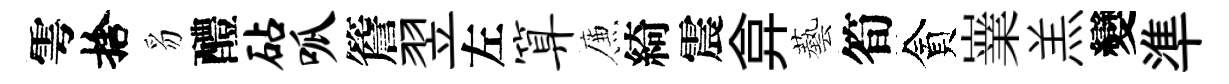
雩捨豸醴砧呱簷翌左算簾綺震弇藝筍貪嶪羔變準